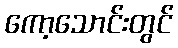
ကော့သောင်းတွင်